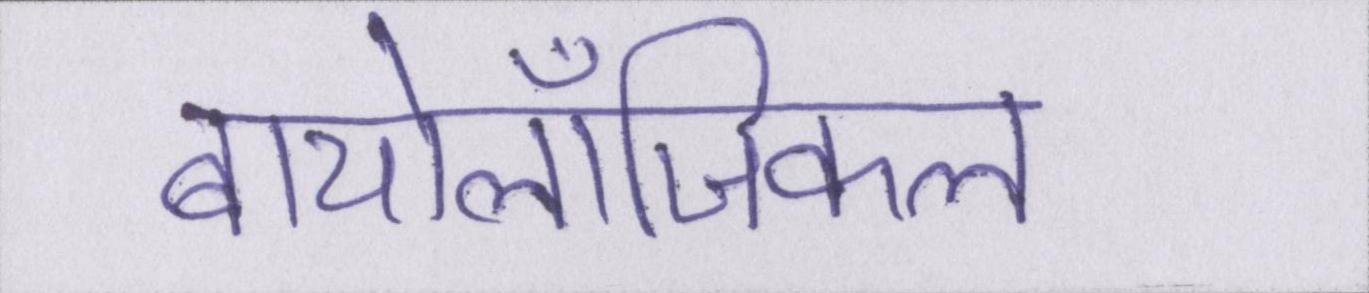
बायोलॉजिकल